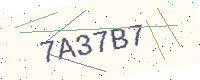
Text: 7A37B7